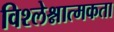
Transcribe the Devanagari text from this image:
विश्लेश्नात्मकता